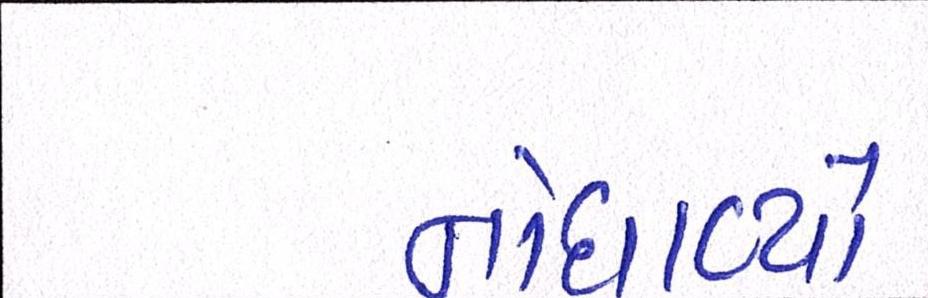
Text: નોધાવ્યો